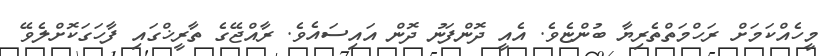
މީހެއްކަމަށް ރަހްމަތްތެރިޔާ ބުންޏެވެ. އެއީ ދޮންފަނު ދޮން އައިސައެވެ. ރާއްޖޭގެ ތާރީޚްގައި ފާހަގަކޮށްލެވޭ